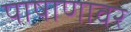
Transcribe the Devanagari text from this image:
पाषाणावर